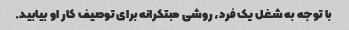
با توجه به شغل یک فرد، روشی مبتکرانه برای توصیف کار او بیابید.